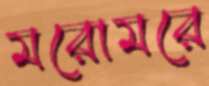
মরোমরে